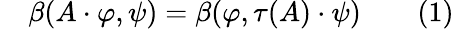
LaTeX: \quad\beta(A\cdot\varphi,\psi)=\beta(\varphi,\tau(A)\cdot\psi)\qquad(1)